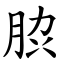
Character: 䏮